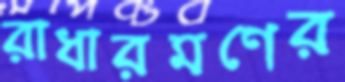
রাধারমণের